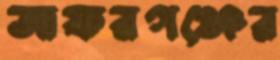
জাফরগঞ্জের